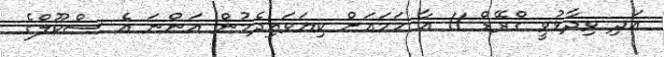
އަދި ވިދާޅުވީ ގްރޭޑް 11 އާ ހަމައަށް ކިޔަވައިދެމުން އަންނަ އެ ސްކޫލްގެ